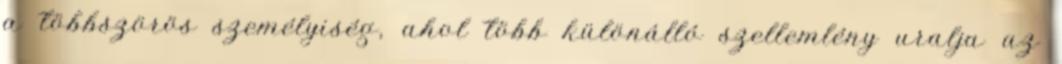
a többszörös személyiség, ahol több különálló szellemlény uralja az